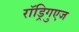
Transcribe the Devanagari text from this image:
राॅड्रिगुएज